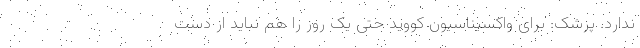
ندارد. پزشک: برای واکسیناسیون کووید حتی یک روز را هم نباید از دست